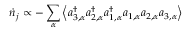
\dot { n } _ { j } \propto - \sum _ { \alpha } \left\langle a _ { 3 , \alpha } ^ { \dagger } a _ { 2 , \alpha } ^ { \dagger } a _ { 1 , \alpha } ^ { \dagger } a _ { 1 , \alpha } a _ { 2 , \alpha } a _ { 3 , \alpha } \right\rangle